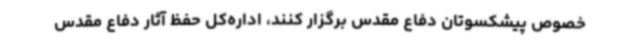
خصوص پیشکسوتان دفاع مقدس برگزار کنند، اداره‌کل حفظ آثار دفاع مقدس